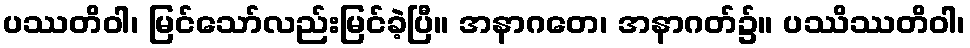
ပဿတိဝါ၊ မြင်သော်လည်းမြင်ခဲ့ပြီ။ အနာဂတေ၊ အနာဂတ်၌။ ပဿိဿတိဝါ၊